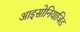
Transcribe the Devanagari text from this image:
आइसोनियाजिड